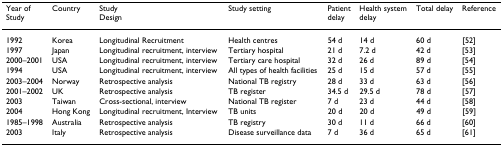
| Year ofStudy | Country | StudyDesign | Study setting | Patientdelay | Health systemdelay | Total delay | Reference |
 | --- | --- | --- | --- | --- | --- | --- | --- |
 | 1992 | Korea | Longitudinal Recruitment | Health centres | 54 d | 14 d | 60 d | [52] |
 | 1997 | Japan | Longitudinal recruitment, interview | Tertiary hospital | 21 d | 7.2 d | 42 d | [53] |
 | 2000–2001 | USA | Longitudinal recruitment, interview | Tertiary care hospital | 32 d | 26 d | 89 d | [54] |
 | 1994 | USA | Longitudinal recruitment, interview | All types of health facilities | 25 d | 15 d | 57 d | [55] |
 | 2003–2004 | Norway | Retrospective analysis | National TB registry | 28 d | 33 d | 63 d | [56] |
 | 2001–2002 | UK | Retrospective analysis | TB register | 34.5 d | 29.5 d | 78 d | [57] |
 | 2003 | Taiwan | Cross-sectional, interview | National TB register | 7 d | 23 d | 44 d | [58] |
 | 2004 | Hong Kong | Longitudinal recruitment, Interview | TB units | 20 d | 20 d | 49 d | [59] |
 | 1985–1998 | Australia | Retrospective analysis | TB registry | 30 d | 11 d | 66 d | [60] |
 | 2003 | Italy | Retrospective analysis | Disease surveillance data | 7 d | 36 d | 65 d | [61] |